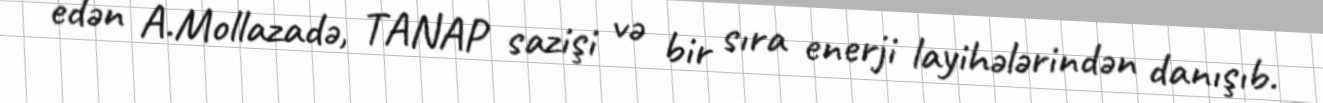
edən A.Mollazadə, TANAP sazişi və bir sıra enerji layihələrindən danışıb.